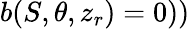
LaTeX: b(S,\theta,z_{r})=0))